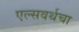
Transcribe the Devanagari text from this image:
एल्सवर्थचा